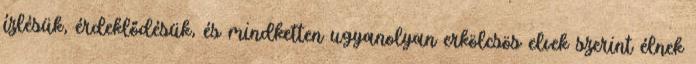
ízlésük, érdeklődésük, és mindketten ugyanolyan erkölcsös elvek szerint élnek